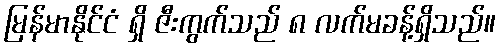
မြန်မာနိုင်ငံ ရှိ ဇီးကွက်သည် ၈ လက်မခန့်ရှိသည်။